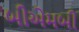
બીએમબી